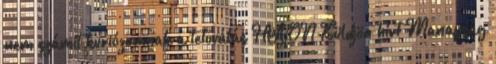
nem számít kuriózumnak a tetoválás HAON Küldjön hírt Manapság